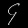
Digit: ၄